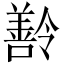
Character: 𬙽